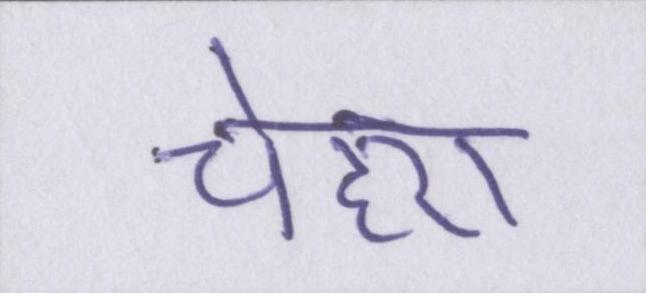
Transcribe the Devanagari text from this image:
चेहरा